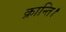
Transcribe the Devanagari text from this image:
क्रान्ति।